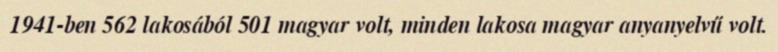
1941-ben 562 lakosából 501 magyar volt, minden lakosa magyar anyanyelvű volt.